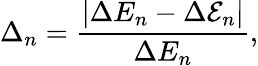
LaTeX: \Delta_{n}=\frac{|\Delta E_{n}-\Delta\mathcal{E}_{n}|}{\Delta E_{n}},